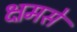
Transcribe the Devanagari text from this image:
क्षमसे